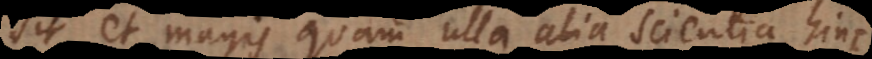
sit et magis quam ulla alia scientia, hinc